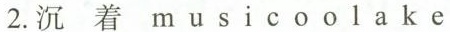
2.沉 着 m u s i c o o l a k e